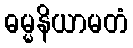
ဓမ္မနိယာမတံ